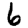
Digit: 6